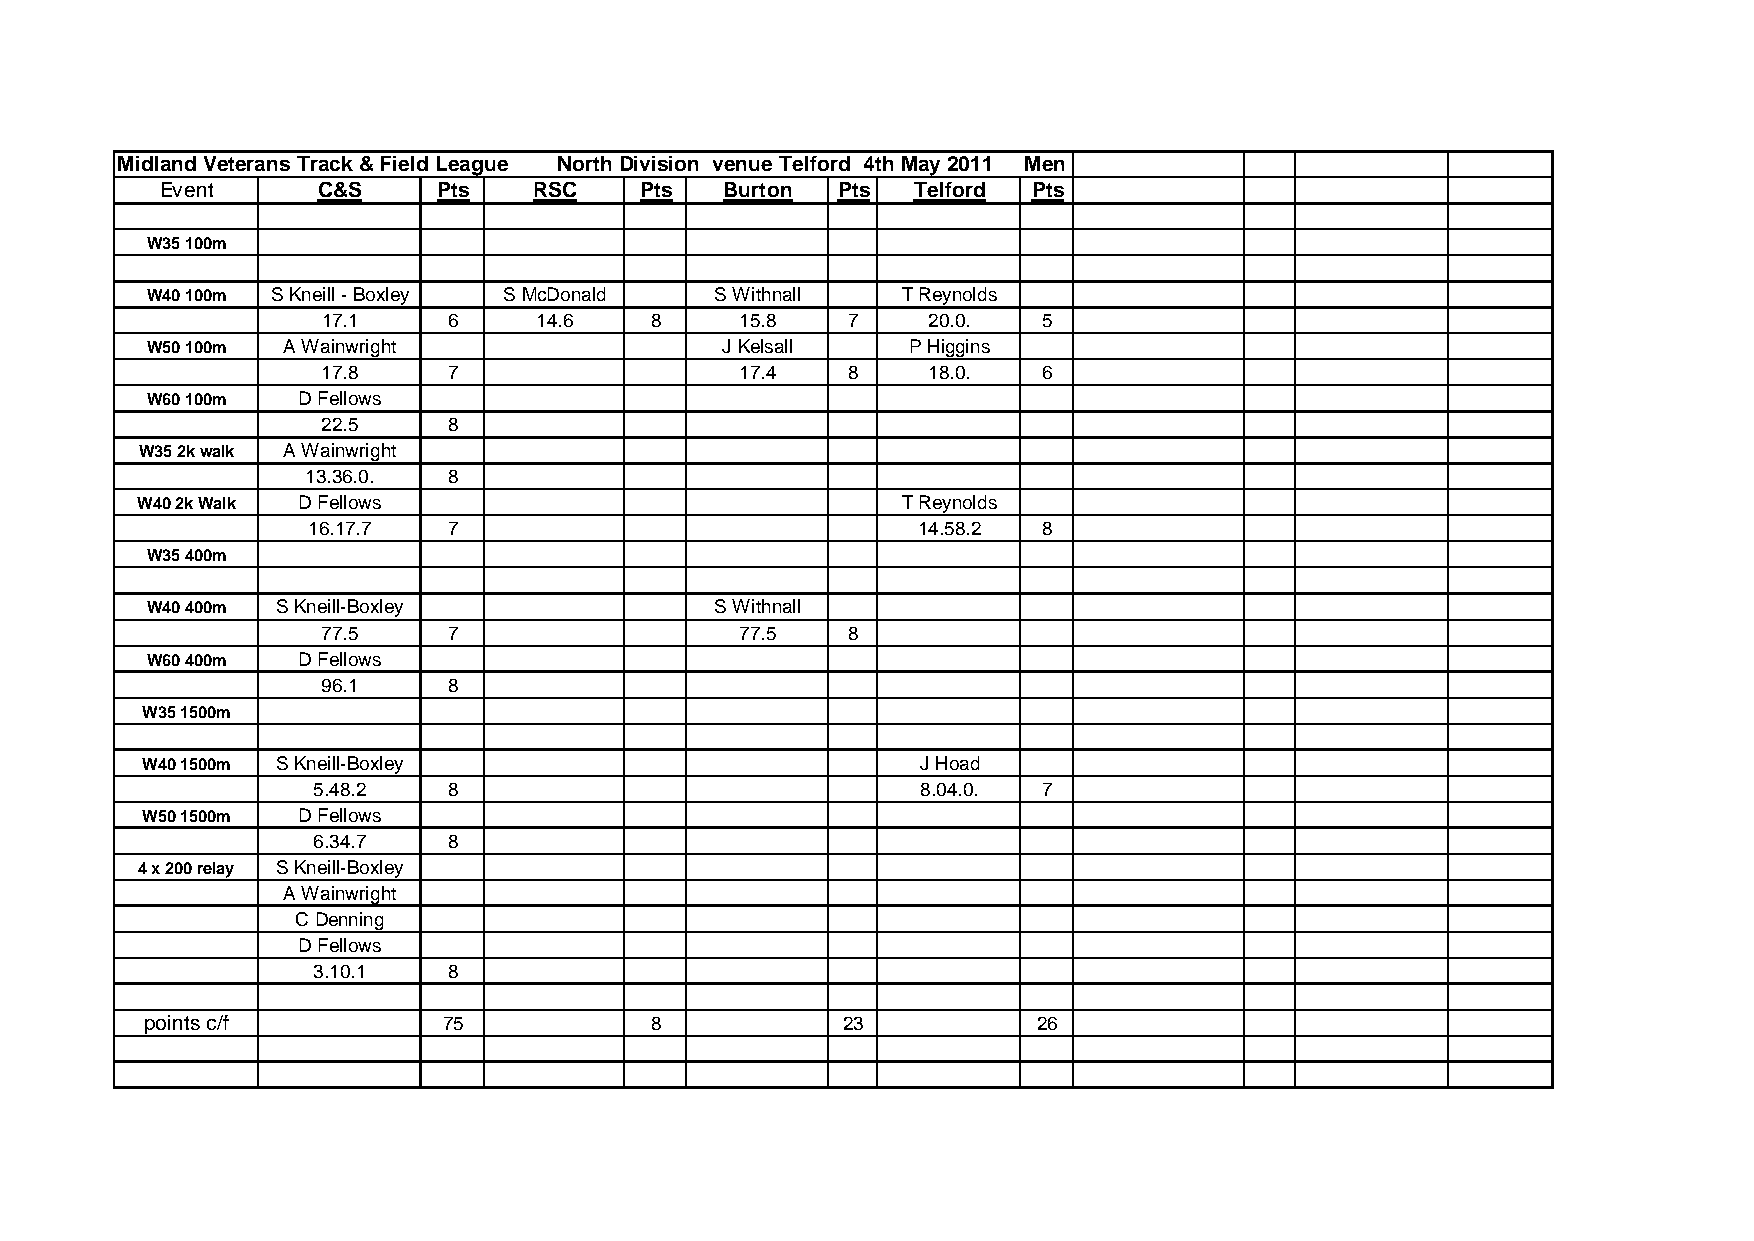
Midland Veterans Track & Field League North Division venue Telford 4th May 2011 Men
 Event     C&S     Pts   RSC    Pts   Burton Pts   Telford Pts
 W35 100m
 W40 100m S Kneill - Boxley S McDonald S Withnall  T Reynolds
 17.1     6     14.6   8     15.8   7    20.0.   5
 W50 100m A Wainwright                 J Kelsall   P Higgins
 17.8     7                  17.4   8    18.0.   6
 W60 100m  D Fellows
 22.5     8
 W35 2k walk A Wainwright
 13.36.0.  8
 W40 2k Walk D Fellows                              T Reynolds
 16.17.7   7                              14.58.2 8
 W35 400m
 W40 400m S Kneill-Boxley             S Withnall
 77.5     7                  77.5   8
 W60 400m  D Fellows
 96.1     8
 W35 1500m
 W40 1500m S Kneill-Boxley                           J Hoad
 5.48.2   8                              8.04.0. 7
 W50 1500m  D Fellows
 6.34.7   8
 4 x 200 relay S Kneill-Boxley
 A Wainwright
 C Denning
 D Fellows
 3.10.1   8
 points c/f         75            8            23           26